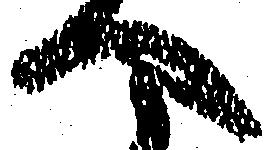
へ